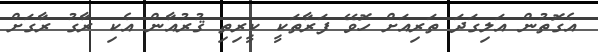
އެގޮތުން އަލިގަދަ ތަރިއަށް ހޮވޭ ފަރާތަކީ ކީރިތި ޤުރުއާން އެކި ރާގު ރާގަށް